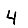
Digit: 4